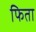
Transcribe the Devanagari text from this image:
फिता